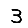
Digit: 3